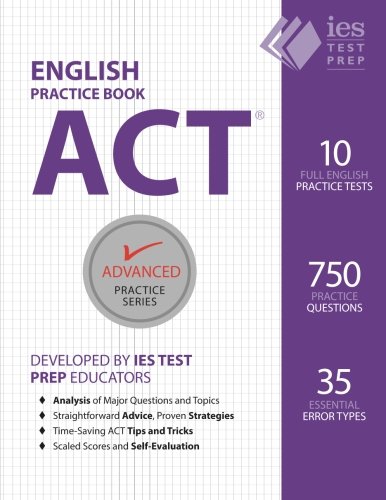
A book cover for ACT English Practice Book (Advanced Practice Series) (Volume 7); Khalid Khashoggi; Test Preparation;